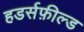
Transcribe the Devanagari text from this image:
हडर्सफ़ील्ड